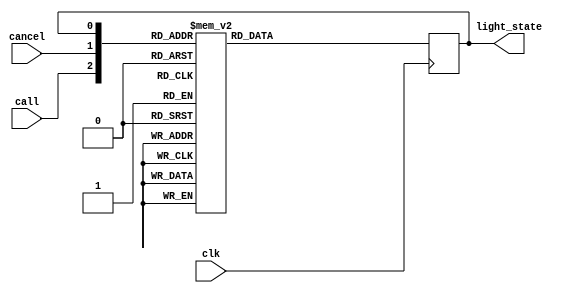
`timescale 1ns / 1ps
//////////////////////////////////////////////////////////////////////////////////
// Company: 
// Engineer: 
// 
// Design Name: 
// Module Name: call_system
// Project Name: 
// Target Devices: 
// Tool Versions: 
// Description: 
// 
// Dependencies: 
// 
// Revision:
// Revision 0.01 - File Created
// Additional Comments:
// 
//////////////////////////////////////////////////////////////////////////////////


module call_system(
    input clk,
    input call,
    input cancel,
    output reg light_state
    );
    
    reg next_state;
    initial light_state = 0;
    
    always @(*) begin
        case({call, cancel, light_state})
            3'b000: next_state = 1'b0;
            3'b001: next_state = 1'b1;
            3'b010: next_state = 1'b0;
            3'b011: next_state = 1'b0;
            3'b100: next_state = 1'b1;
            3'b101: next_state = 1'b1;
            3'b110: next_state = 1'b1;
            3'b111: next_state = 1'b1;
            default: next_state = 1'b0;
         endcase
     end
     
     always @(posedge clk) begin
        light_state <= next_state;
     end
endmodule